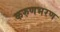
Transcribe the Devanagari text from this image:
करुणभरण